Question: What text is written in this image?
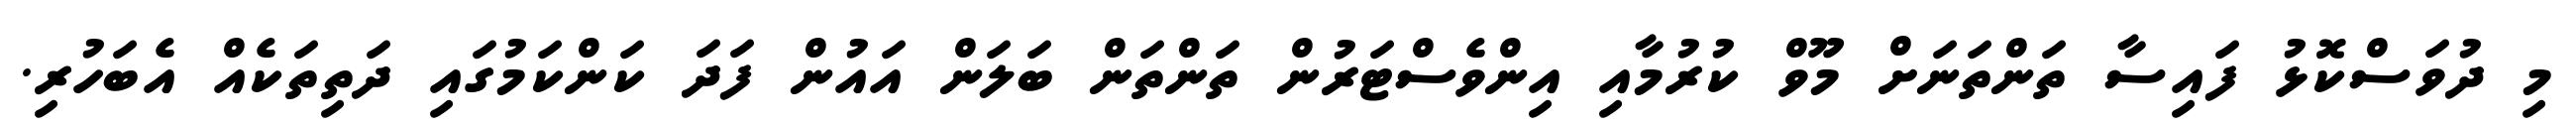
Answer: މި ދުވަސްކޮޅު ފައިސާ ތަންތަނަށް މޫވް ކުރުމާއި އިންވެސްޓަރުން ތަންތަން ބަލަން އައުން ފަދަ ކަންކަމުގައި ދަތިތަކެއް އެބަހުރި.